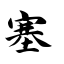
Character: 塞